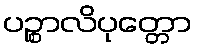
ပဉ္စာလိပုတ္တော